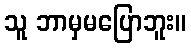
သူ ဘာမှမပြောဘူး။